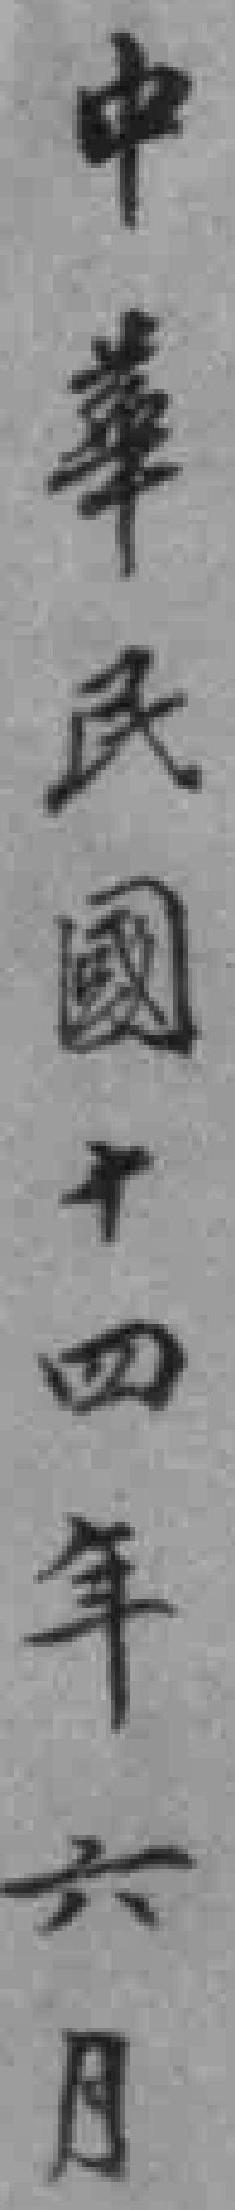
中華民國十四年六月